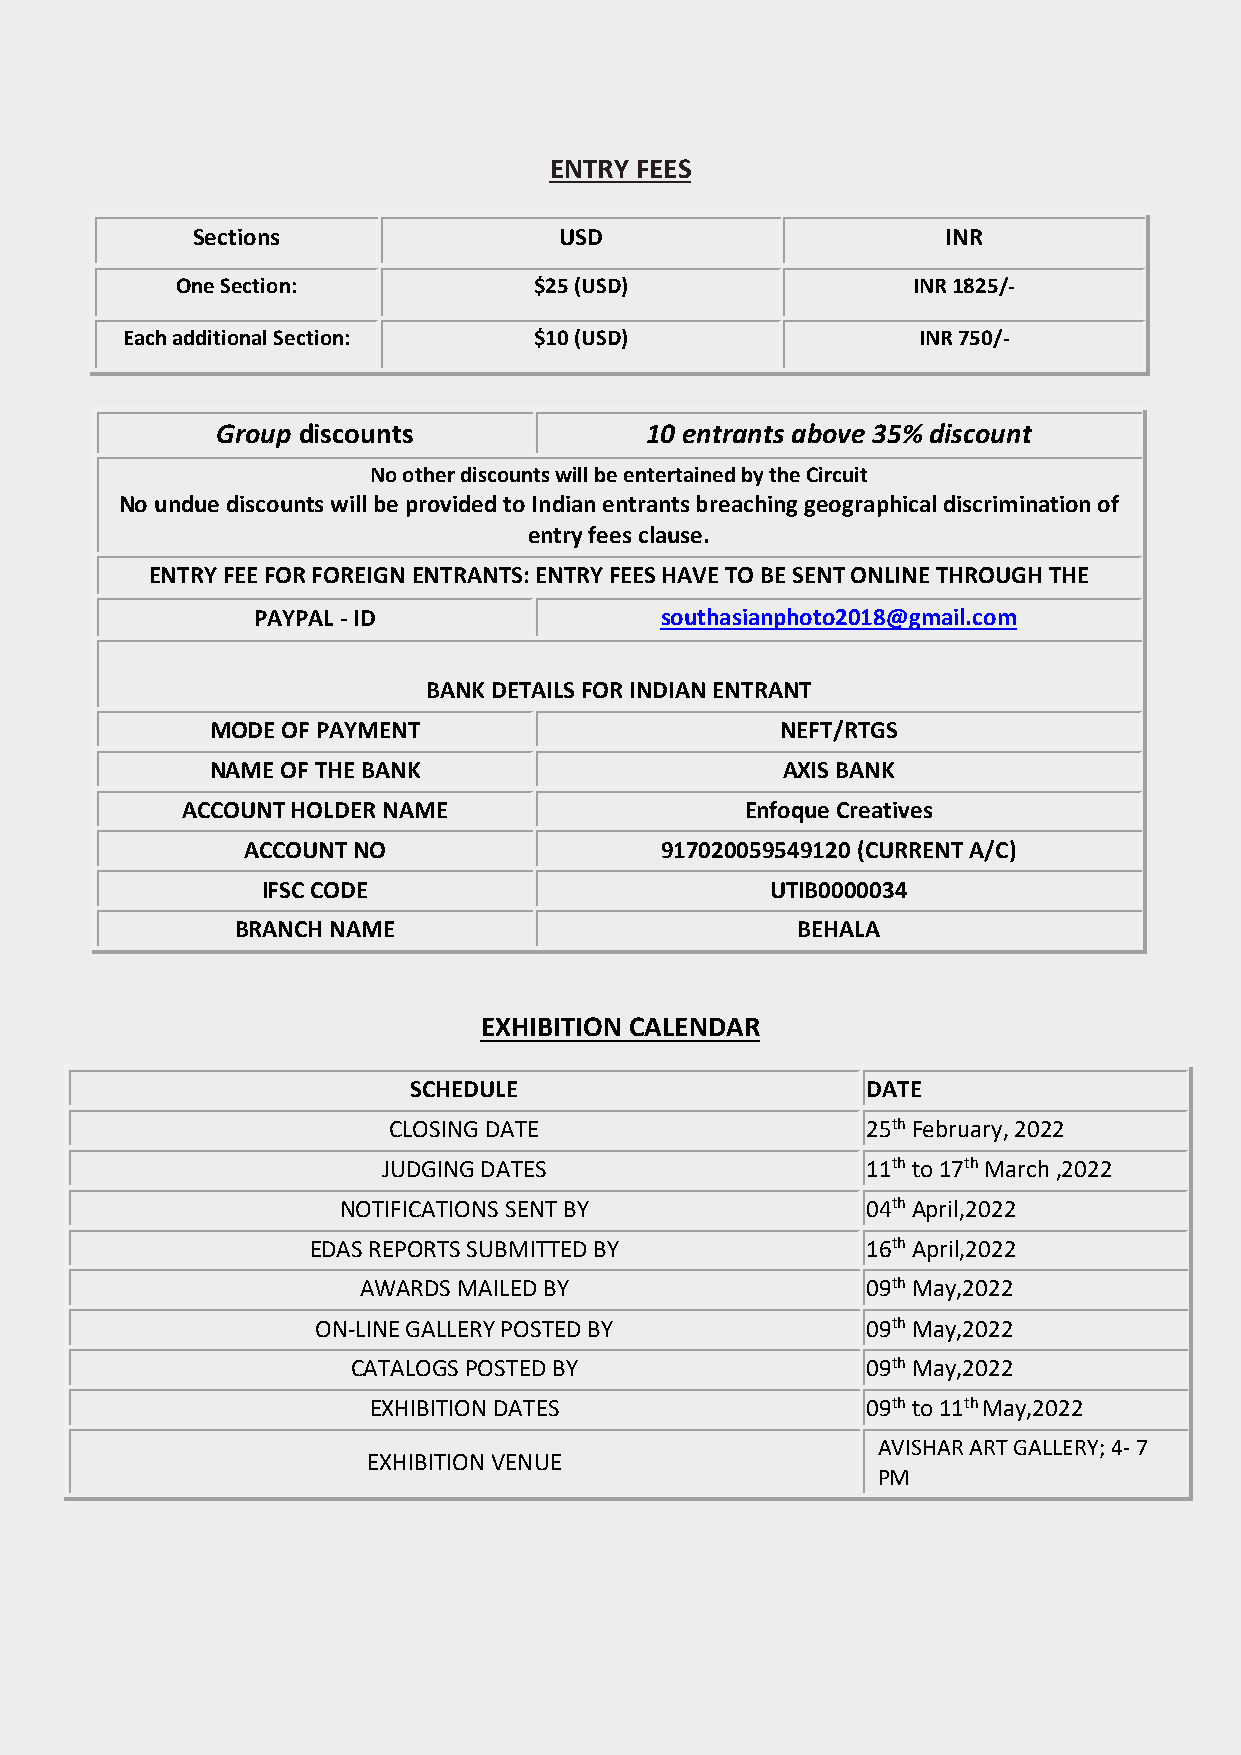
ENTRY FEES
 Sections                USD                       INR
 One Section:           $25 (USD)                INR 1825/-
 Each additional Section:   $10 (USD)                 INR 750/-
 Group discounts              10 entrants above 35% discount
 No other discounts will be entertained by the Circuit
 No undue discounts will be provided to Indian entrants breaching geographical discrimination of
 entry fees clause.
 ENTRY FEE FOR FOREIGN ENTRANTS: ENTRY FEES HAVE TO BE SENT ONLINE THROUGH THE
 PAYPAL - ID                southasianphoto2018@gmail.com
 BANK DETAILS FOR INDIAN ENTRANT
 MODE OF PAYMENT                       NEFT/RTGS
 NAME OF THE BANK                      AXIS BANK
 ACCOUNT HOLDER NAME                  Enfoque Creatives
 ACCOUNT NO                  917020059549120 (CURRENT A/C)
 IFSC CODE                         UTIB0000034
 BRANCH NAME                          BEHALA
 EXHIBITION CALENDAR
 SCHEDULE                      DATE
 CLOSING DATE                   25th February, 2022
 JUDGING DATES                   11th to 17th March ,2022
 NOTIFICATIONS SENT BY             04th April,2022
 EDAS REPORTS SUBMITTED BY            16th April,2022
 AWARDS MAILED BY                 09th May,2022
 ON-LINE GALLERY POSTED BY           09th May,2022
 CATALOGS POSTED BY                09th May,2022
 EXHIBITION DATES                 09th to 11th May,2022
 AVISHAR ART GALLERY; 4- 7
 EXHIBITION VENUE
 PM